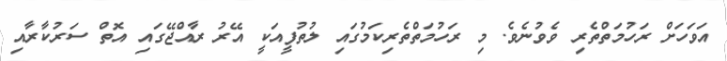
އަވަހަށް ރަހުމަތްތެރި ވެވުނެވެ. މި ރަހުމަތްތެރިކަމުގައި ލުތުފީއަކީ އޭރު ރާއްޖޭގައި އޮތް ސަރުކާރާއި